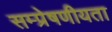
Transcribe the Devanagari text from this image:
सम्‍प्रेषणीयता